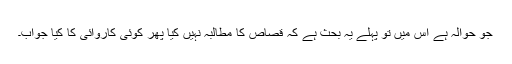
جو حوالہ ہے اس میں تو پہلے یہ بحث ہے کہ قصاص کا مطالبہ نہیں کیا پھر کوئی کاروائی کا کیا جواب۔